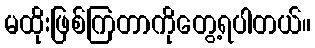
မထိုးဖြစ်ကြတာကိုတွေ့ရပါတယ်။